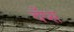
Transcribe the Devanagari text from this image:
चँप्स